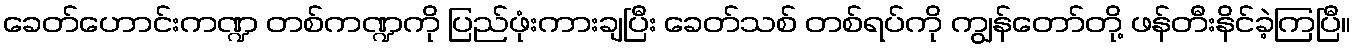
ခေတ်ဟောင်းကဏ္ဍ တစ်ကဏ္ဍကို ပြည်ဖုံးကားချပြီး ခေတ်သစ် တစ်ရပ်ကို ကျွန်တော်တို့ ဖန်တီးနိင်ခဲ့ကြပြီ။